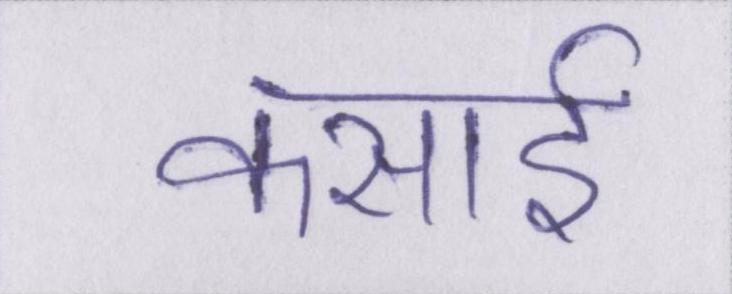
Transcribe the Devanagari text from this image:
कसाई